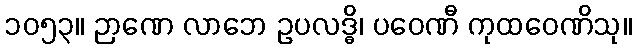
၁၀၅၃။ ဉာဏေ လာဘေ ဥပလဒ္ဓိ၊ ပဝေဏီ ကုထဝေဏိသု။